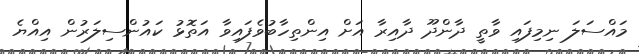
މައްސަލަ ނިމިފައި ވާތީ ދާންދޫ ދާއިރާ އަށް އިންތިހާބުވެފައިވާ އަތޮޅު ކައުންސިލަރުން އިއްޔެ